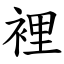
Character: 裡